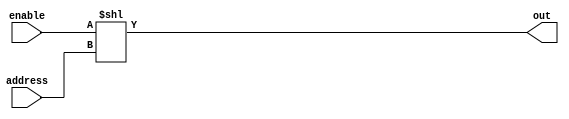
// 32 bit decoder with enable signal
//   enable=0: all output bits are 0
//   enable=1: out[address] is 1, all other outputs are 0
module decoder1to32
(
output[31:0]	out,
input		enable,
input[4:0]	address
);

    assign out = enable<<address;

endmodule

/*
This decoder utilizes a binary shift operator. It shifts the value of enable
to the left by "address" number of bits. If enable is 0, this will simply
shift 0 to the left by "address" number of places and then pad the most
significant bits with 0s, resulting in all output bits being sent to 0. If
enable is 1, then this shifts that 1 to the left by "address" number of places
and pads the most significant bits with 0 if necessary, which makes out[address]
equal to 1, while leaving all other bits at 0.
*/